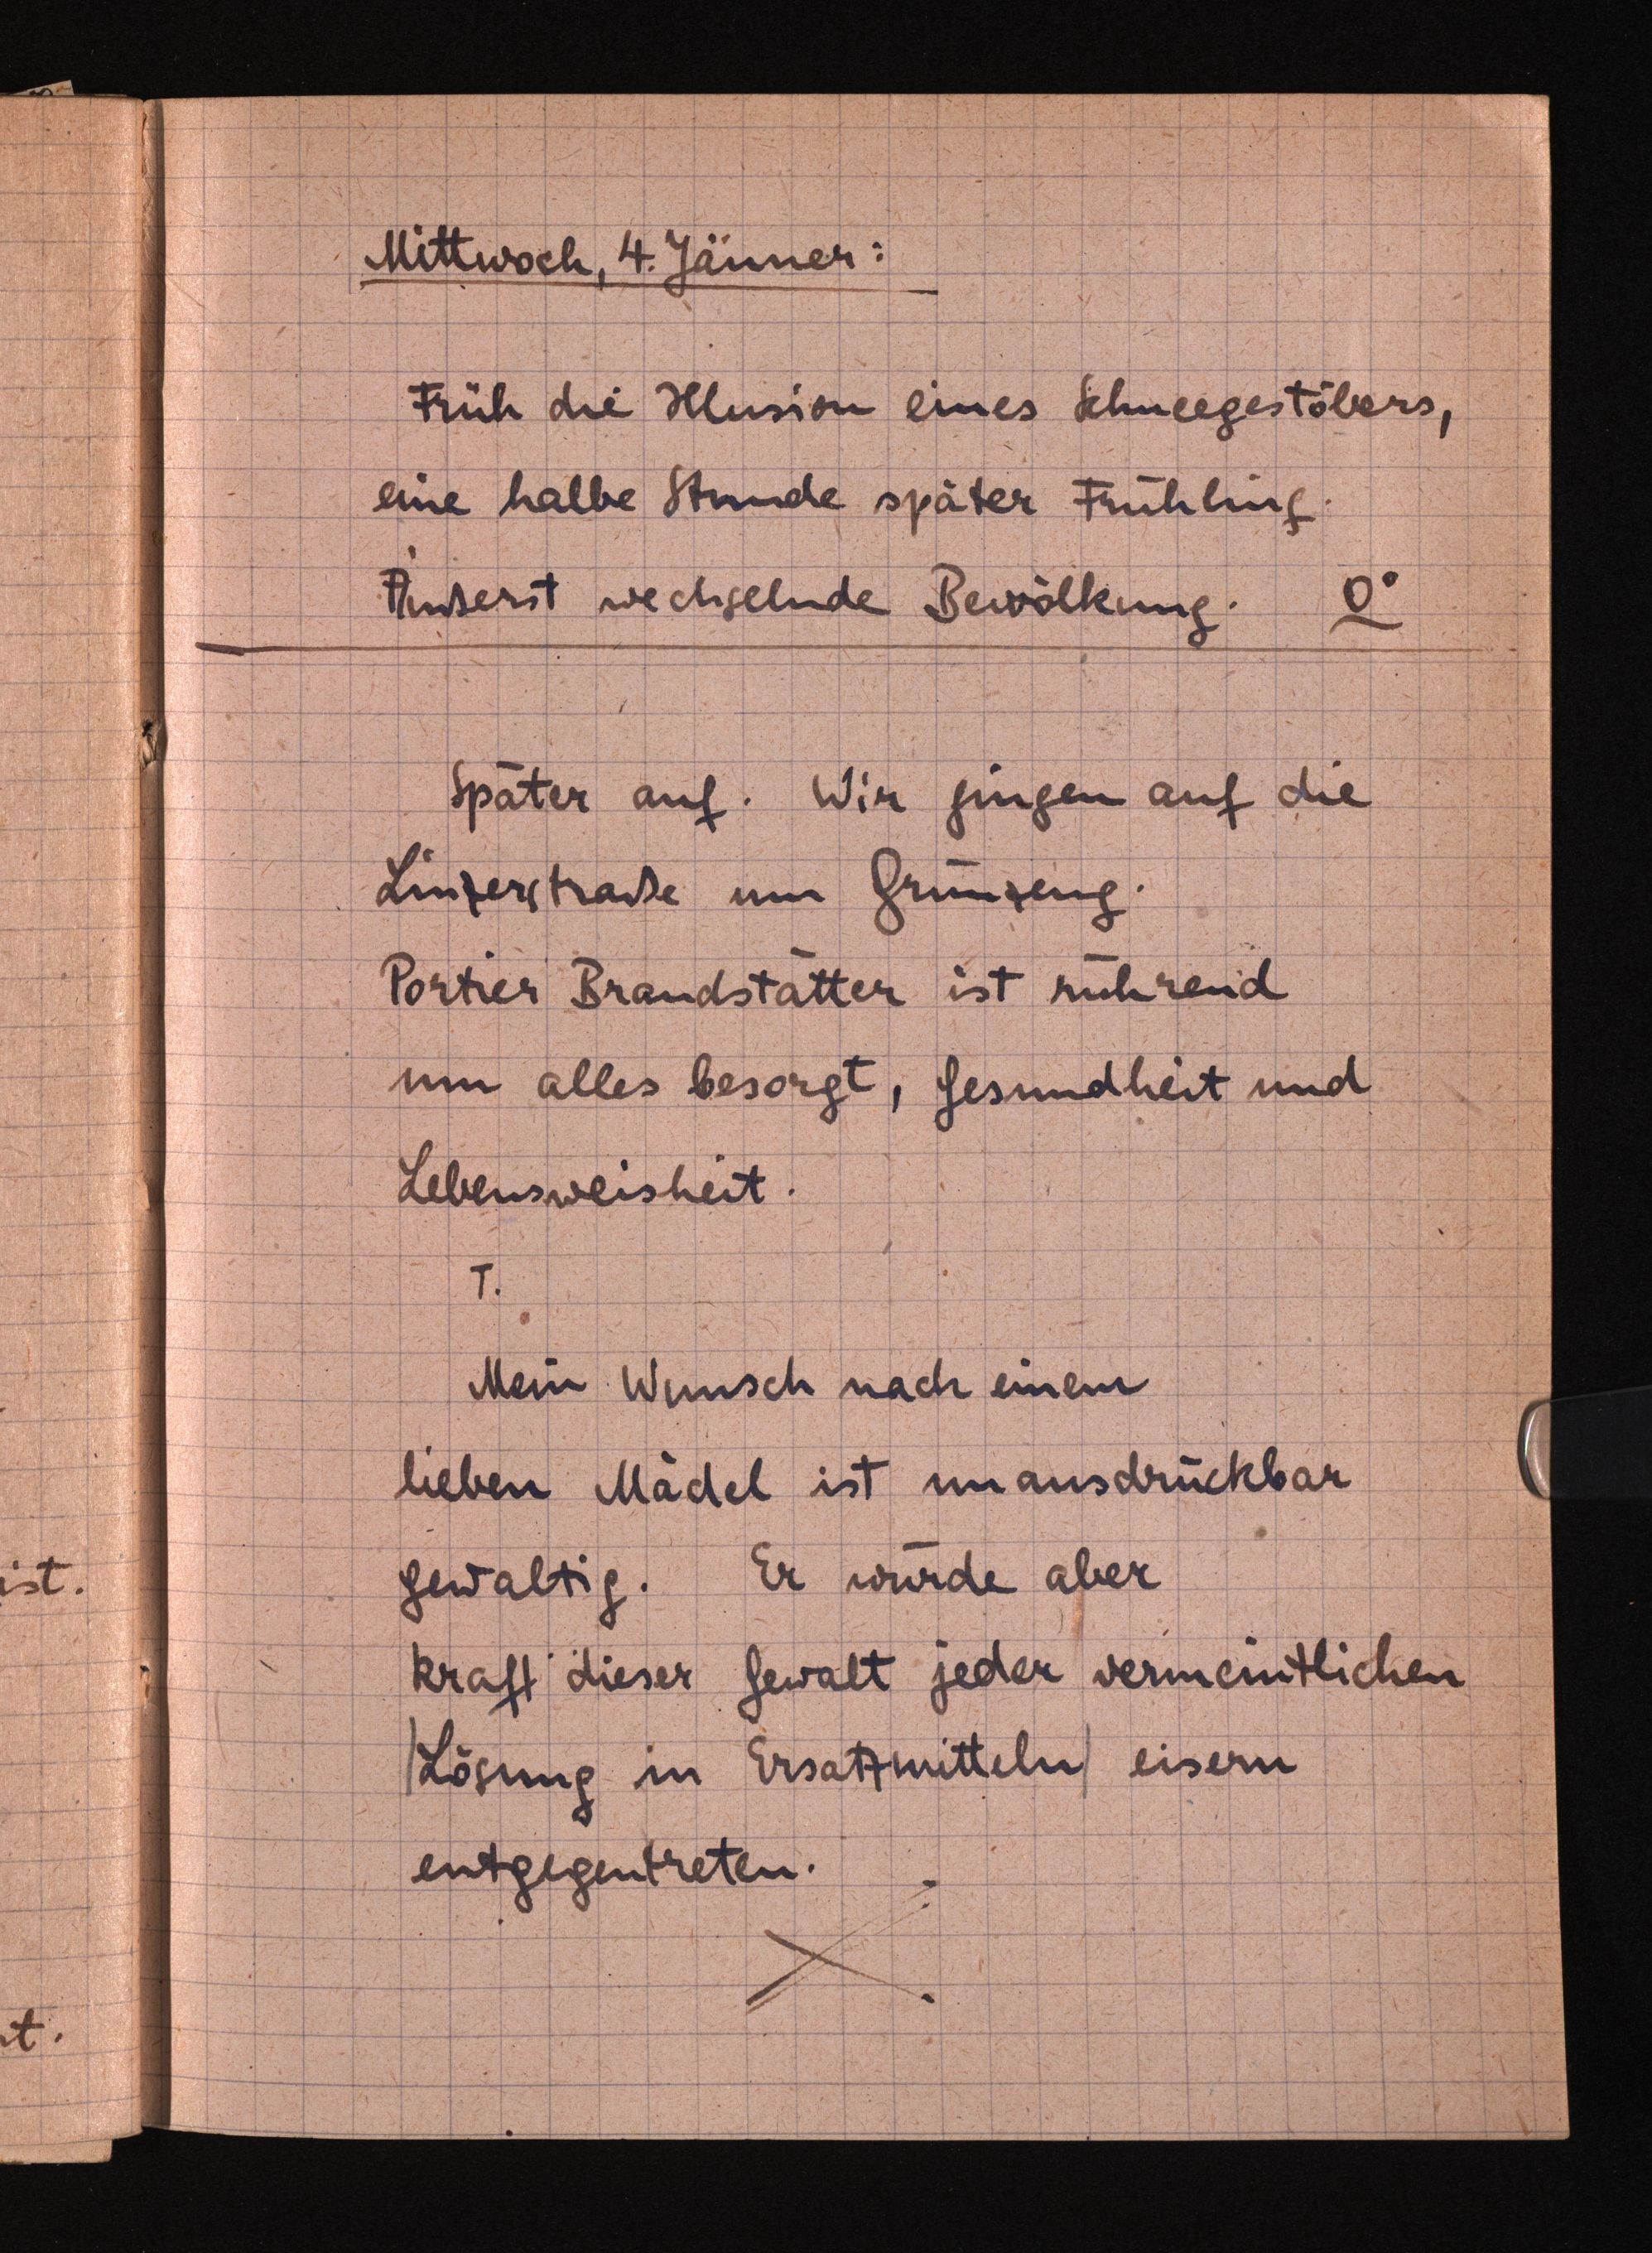
Mittwoch, 4.Jänner:
Früh die Illusion eines Schneegestöbers,
eine halbe Stunde später Frühling.
Äußerst wechselnde Bewölkung. 0°
Später auf. Wir gingen auf die
Linzerstraße um Grünzeug.
PortierBrandstätter ist rührend
um alles besorgt, Gesundheit und
Lebensweisheit.
T.
Mein Wunsch nach einem
lieben Mädel ist unausdrückbar
gewaltig. Erwürde aber
kraft dieser Gewalt jeder vermeintlichen
|Lösung inErsatzmitteln| eisern
entgegentreten.